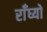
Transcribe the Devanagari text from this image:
राँघ्यो